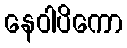
နေဝါပိကော